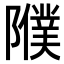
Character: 𨽂